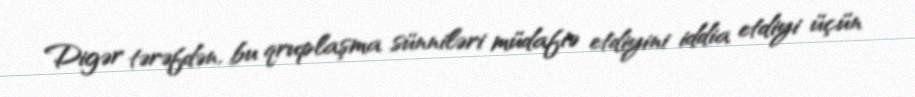
Digər tərəfdən, bu qruplaşma sünniləri müdafiə etdiyini iddia etdiyi üçün